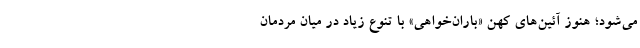
می‌شود؛ هنوز آئین‌های کهن «باران‌خواهی» با تنوع زیاد در میان مردمان